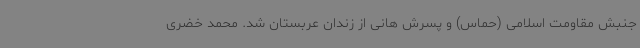
جنبش مقاومت اسلامی (حماس) و پسرش هانی از زندان عربستان شد. محمد خضری